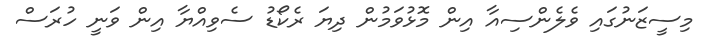
މިސީޒަނުގައި ވެލެންސިއާ އިން މޮޅުވަމުން ދިޔަ ރެކޯޑު ސެވިއްޔާ އިން ވަނީ ހުރަސް